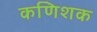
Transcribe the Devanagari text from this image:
कणिशक